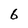
Character: 6